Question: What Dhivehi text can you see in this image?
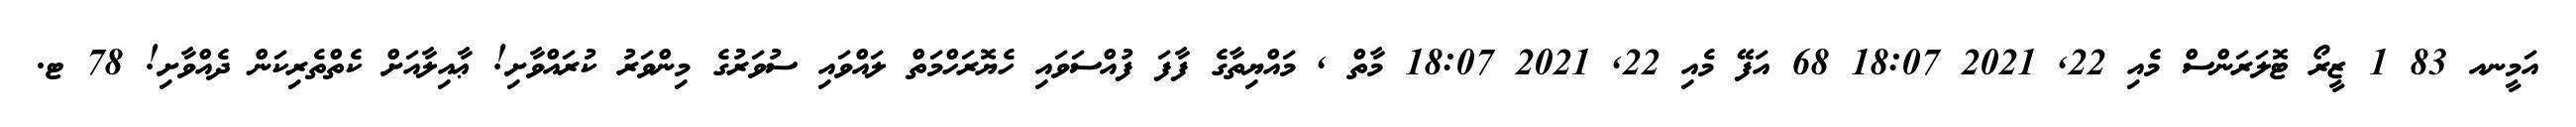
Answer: އަމީނއ 83 1 ޒީރޯ ޓޮލަރަންސް މެއި 22, 2021 18:07 68 އަފޭ މެއި 22, 2021 18:07 މާތް , މައްޔިތާގެ ފާފަ ފުއްސަވައި ހެޔޮރަހްމަތް ލައްވައި ސުވަރުގެ މިންވަރު ކުރައްވާށި! ޢާއިލާއަށް ކެތްތެރިކަން ދެއްވާށި! 78 ޓ.